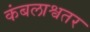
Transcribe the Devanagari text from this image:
कंबलाश्वतर